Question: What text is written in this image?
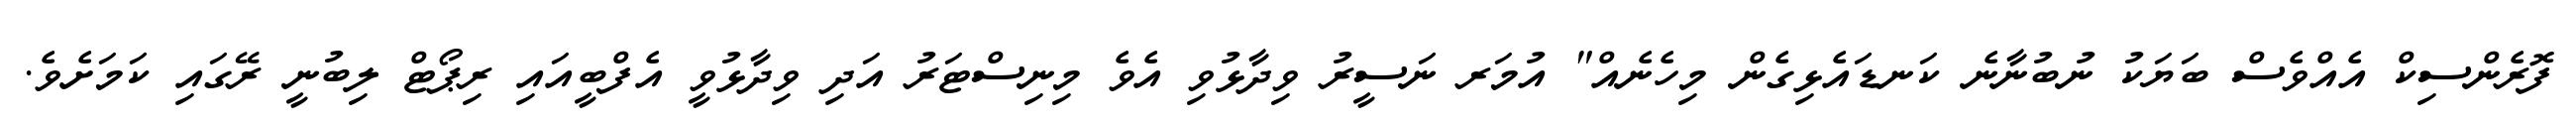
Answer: ފޮރެންސިކް އެއްވެސް ބަޔަކު ނުބުނާނެ ކަނޑައެޅިގެން މިހެނެއް" އުމަރ ނަސީރު ވިދާޅުވި އެވެ މިނިސްޓަރު އަދި ވިދާޅުވީ އެފްބީއައި ރިޕޯޓް ލިބުނީ ރޭގައި ކަމަށެވެ.